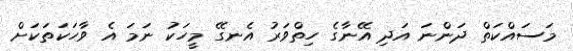
މަސައްކަތް ދަންނަ އަދި އޭނާގެ ހިތްވަރު އެނގޭ މީހަކު ނަމަ އެ ވާހަކަތަކަށް